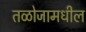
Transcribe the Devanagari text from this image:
तळोजामधील